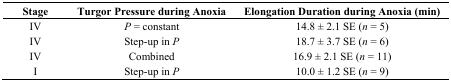
| Stage | Turgor Pressure during Anoxia | Elongation Duration during Anoxia (min) |
 | --- | --- | --- |
 | IV | P = constant | 14.8 ± 2.1 SE (n = 5) |
 | IV | Step-up in P | 18.7 ± 3.7 SE (n = 6) |
 | IV | Combined | 16.9 ± 2.1 SE (n = 11) |
 | I | Step-up in P | 10.0 ± 1.2 SE (n = 9) |